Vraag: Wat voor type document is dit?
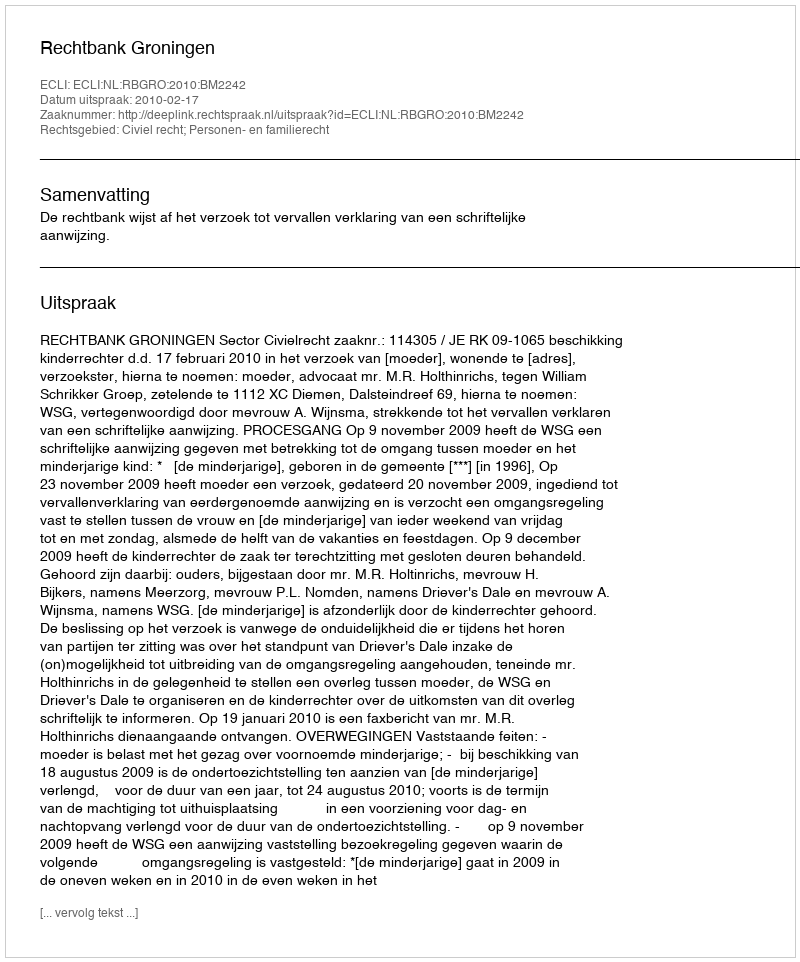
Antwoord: Uitspraak